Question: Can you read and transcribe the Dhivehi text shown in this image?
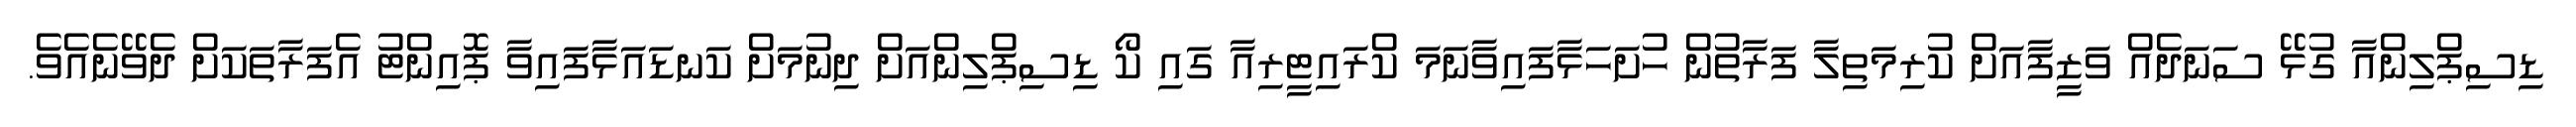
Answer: ޑިސިޕްލިންއާ ގުޅޭ ސަނަދެއް ވަޒީފާއަށް ކުރިމަތިލާ ފަރާތުން ހުށަހަޅާފައިވާނަމަ ކްރައިޓީރިއާ ގައި ކޯ ޑިސިޕްލިންއަށް ދިނުމަށް ކަނޑައަޅާފައިވާ ޕޮއިންޓު އެފަރާތަކަށް ދެވޭނެއެވެ.